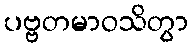
ပဗ္ဗတမာဝသိတွာ